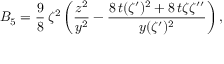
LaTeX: B _ { 5 } = { \frac { 9 } { 8 } } \, { \zeta ^ { 2 } \left( \frac { z ^ { 2 } } { y ^ { 2 } } - \frac { 8 \, t ( \zeta ^ { \prime } ) ^ { 2 } + 8 \, t \zeta \zeta ^ { \prime \prime } } { y ( \zeta ^ { \prime } ) ^ { 2 } } \right) , }